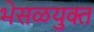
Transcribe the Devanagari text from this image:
भेसळयुक्त